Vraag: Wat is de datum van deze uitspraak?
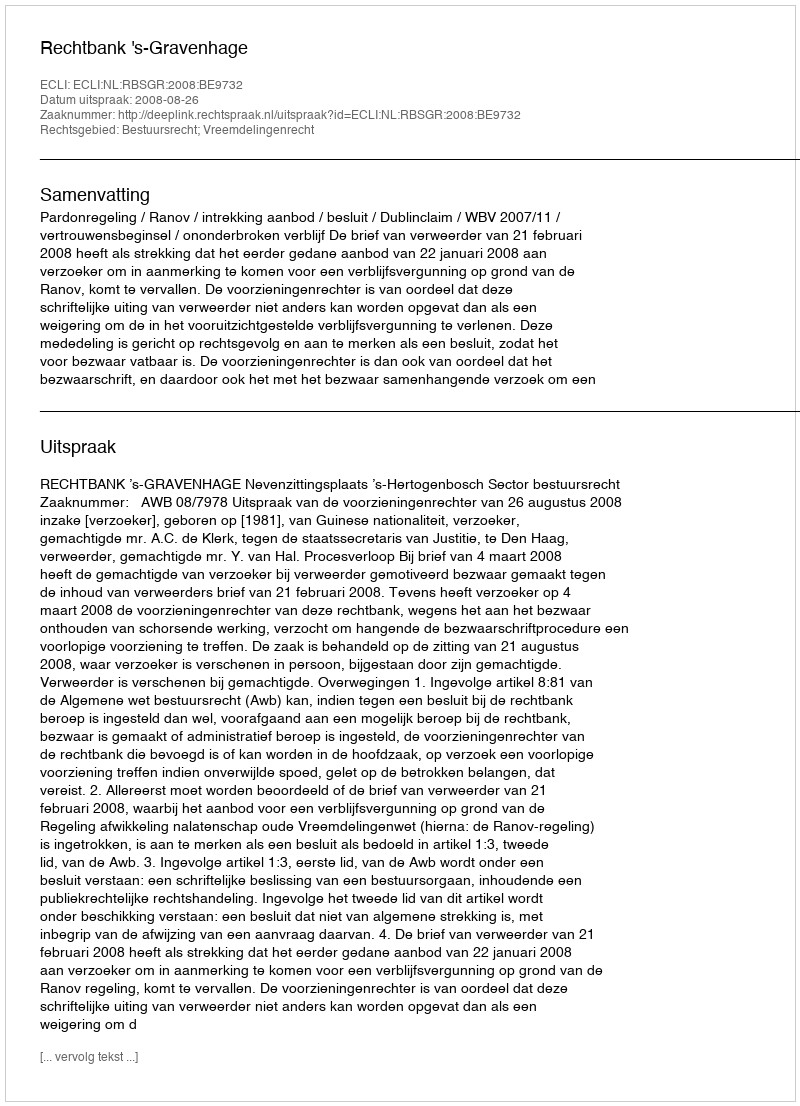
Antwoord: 2008-08-26